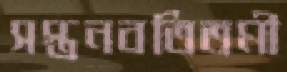
সপ্তনবতিতমী